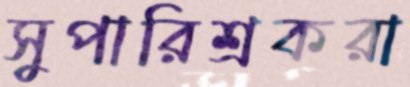
সুপারিশ্রকরা